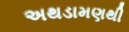
અથડામણથી